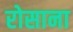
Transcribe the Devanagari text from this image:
रोसाना